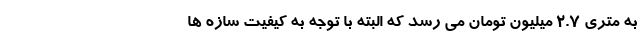
به متری ۲.۷ میلیون تومان می رسد که البته با توجه به کیفیت سازه ها